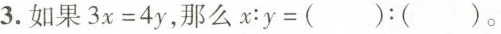
3.如果$$3x=4y$$，那么$$x:y=():()$$。